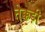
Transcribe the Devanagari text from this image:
तेक्कड़ी